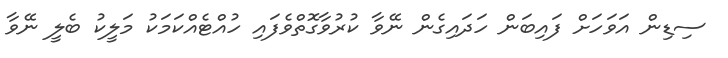
ސިޑިން އަވަހަށް ފައިބަން ހަދައިގެން ނޭވާ ކުރުވާގޮތްވެފައި ހުއްޓެއްކަމަކު މަލީކު ބެލީ ނޭވާ